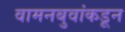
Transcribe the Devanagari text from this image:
वामनबुवांकडून